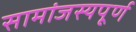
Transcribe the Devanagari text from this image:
सामांजस्यपूर्ण